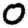
Digit: 0